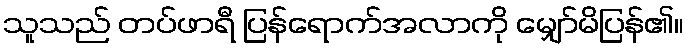
သူသည် တပ်ဖာရီ ပြန်ရောက်အလာကို မျှော်မိပြန်၏။